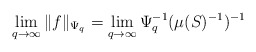
\begin{align*} \lim_{q\rightarrow\infty}\|f\|_{\Psi_q}=\lim_{q\rightarrow\infty}\Psi_q^{-1}(\mu(S)^{-1})^{-1}\end{align*}